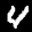
Label: 4